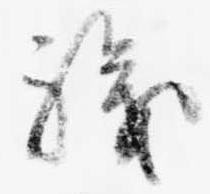
職